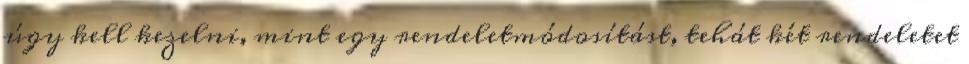
úgy kell kezelni, mint egy rendeletmódosítást, tehát két rendeletet